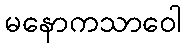
မနောကသာဝေါ